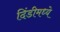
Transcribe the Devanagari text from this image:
दिंडीमध्ये